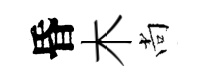
昏木尚